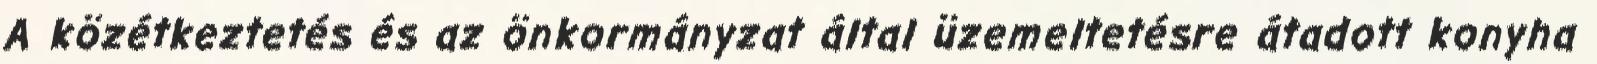
A közétkeztetés és az önkormányzat által üzemeltetésre átadott konyha